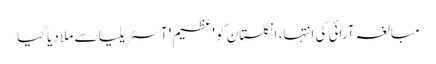
مبالغہ آرائی کی انتہا، انگلستان کو 'عظیم' آسٹریلیا سے ملا دیا گیا